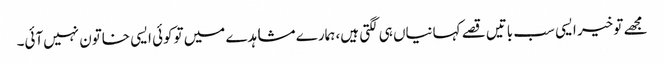
مجھے تو خیر ایسی سب باتیں قصے کہانیاں ہی لگتی ہیں، ہمارے مشاہدے میں توکوئی ایسی خاتون نہیں‌آئی۔